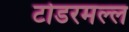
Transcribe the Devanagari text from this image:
टोडरमल्ल